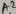
Text: A2